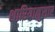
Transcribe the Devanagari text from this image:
शारियानुसार